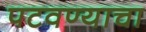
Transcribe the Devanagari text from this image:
पटवण्याचा